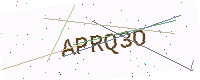
Text: APRQ3O